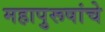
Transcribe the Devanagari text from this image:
महापुरूषांचे